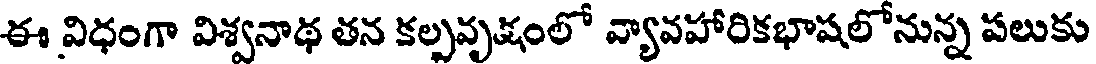
ఈ విధంగా విశ్వనాథ తన కల్పవృక్షంలో వ్యావహారికభాషలోనున్న పలుకు